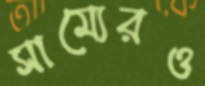
সাম্যেরও